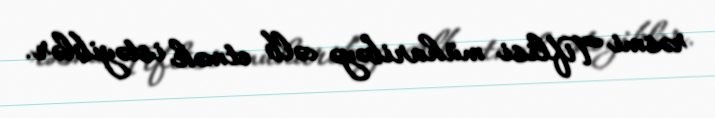
rəsmi Tiflisi müharibəyə cəlb etmək istəyiblər.